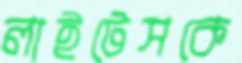
লাইটেসকে